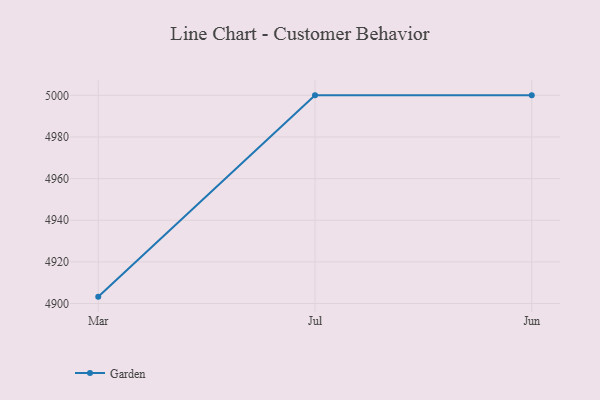
{"axis": {"x": "Month", "y": "Waste Production (Tons)"}, "legend": ["Garden"], "data": [{"x": "Mar", "y": 4903.3, "type": "Garden"}, {"x": "Jul", "y": 5000, "type": "Garden"}, {"x": "Jun", "y": 5000, "type": "Garden"}]}